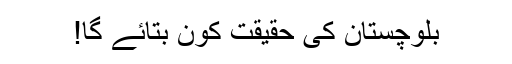
بلوچستان کی حقیقت کون بتائے گا!